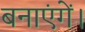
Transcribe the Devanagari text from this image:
बनाएंगें।